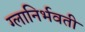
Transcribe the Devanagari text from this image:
ग्लानिर्भवती